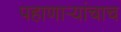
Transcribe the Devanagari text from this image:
पहाणाऱ्यांचाच